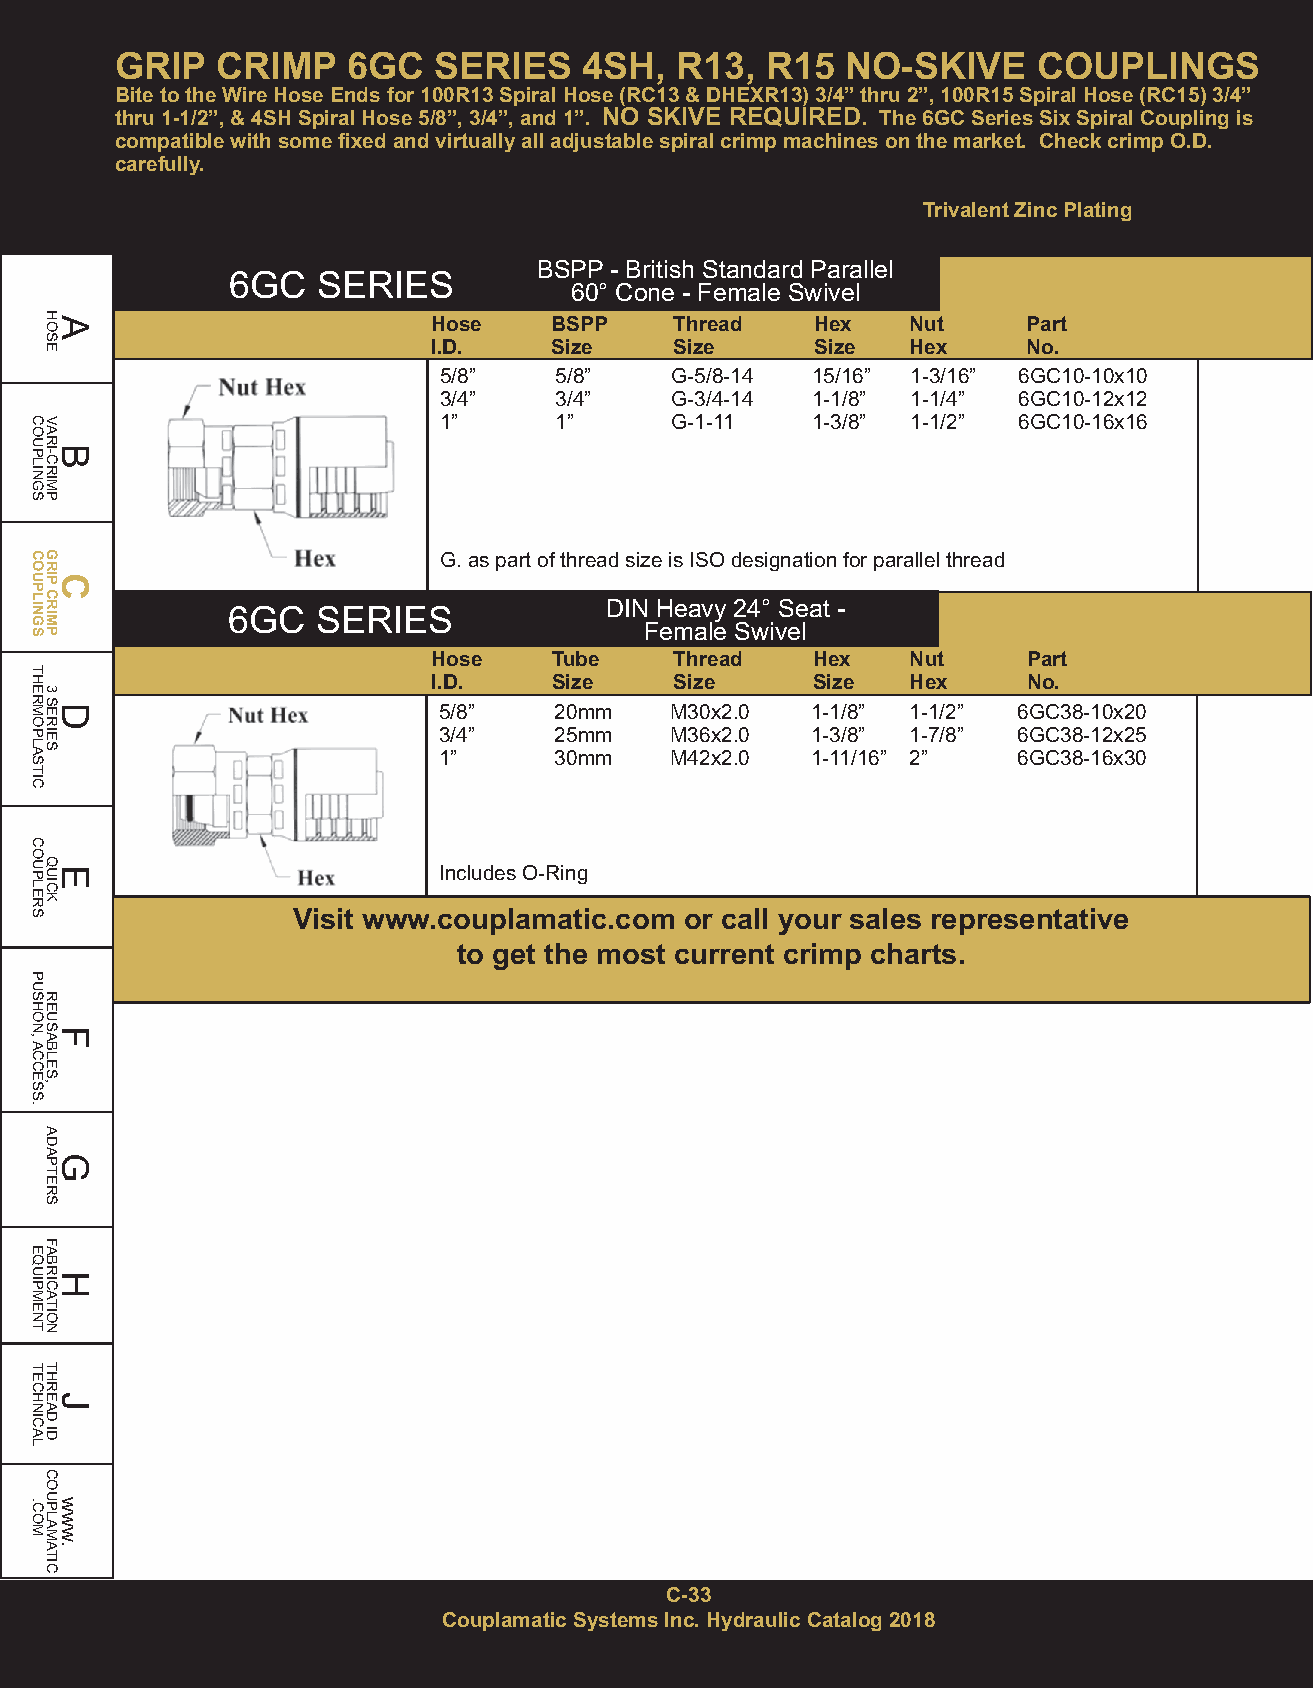
GRIP  CRIMP    6GC   SERIES    4SH,  R13,  R15  NO-SKIVE     COUPLINGS
 Bite to the Wire Hose Ends for 100R13 Spiral Hose (RC13& DHEXR13) 3/4” thru 2”, 100R15 Spiral Hose (RC15) 3/4”
 thru 1-1/2”, & 4SHSpiral Hose 5/8”, 3/4”, and 1”. NO SKIVE REQUIRED. The 6GC Series Six Spiral Coupling is
 compatible with some fixed and virtually all adjustable spiral crimp machines on the market. Check crimp O.D.
 carefully.
 Trivalent Zinc Plating
 BSPP - British Standard Parallel
 6GC   SERIES
 60° Cone - Female Swivel
 Hose   BSPP     Thread   Hex   Nut     Part
 I.D.   Size     Size     Size  Hex     No.
 5/8”    5/8”   G-5/8-14  15/16” 1-3/16” 6GC10-10x10
 3/4”    3/4”   G-3/4-14  1-1/8” 1-1/4” 6GC10-12x12
 1”      1”     G-1-11    1-3/8” 1-1/2” 6GC10-16x16
 G. as part of thread size is ISO designation for parallel thread
 DIN Heavy 24° Seat -
 6GC   SERIES
 Female Swivel
 Hose    Tube    Thread   Hex   Nut     Part
 I.D.    Size    Size     Size  Hex     No.
 5/8”    20mm   M30x2.0   1-1/8” 1-1/2” 6GC38-10x20
 3/4”    25mm   M36x2.0   1-3/8” 1-7/8” 6GC38-12x25
 1”      30mm   M42x2.0   1-11/16” 2”  6GC38-16x30
 Includes O-Ring
 Visit www.couplamatic.com or call your sales representative
 to get the most current crimp charts.
 C-33
 Couplamatic Systems Inc. Hydraulic Catalog 2018
 COUPLINGS
 COUPLINGS
 THERMOPLASTIC
 COUPLERS
 PUSHON,ACCESS.
 EQUIPMENT
 TECHNICAL
 .COM
 HAOSE
 VARBI-CRIMP
 GRICP
 CRIMP
 3
 SDERIES
 QEUICK
 REUSFABLES,
 ADAGPTERS
 FABRHICATION
 THREJAD
 ID
 COUPLAMATIC
 www.